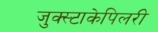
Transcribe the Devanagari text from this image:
जुक्स्टाकेपिलरी